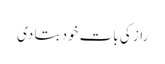
راز کی بات خود بتا دی